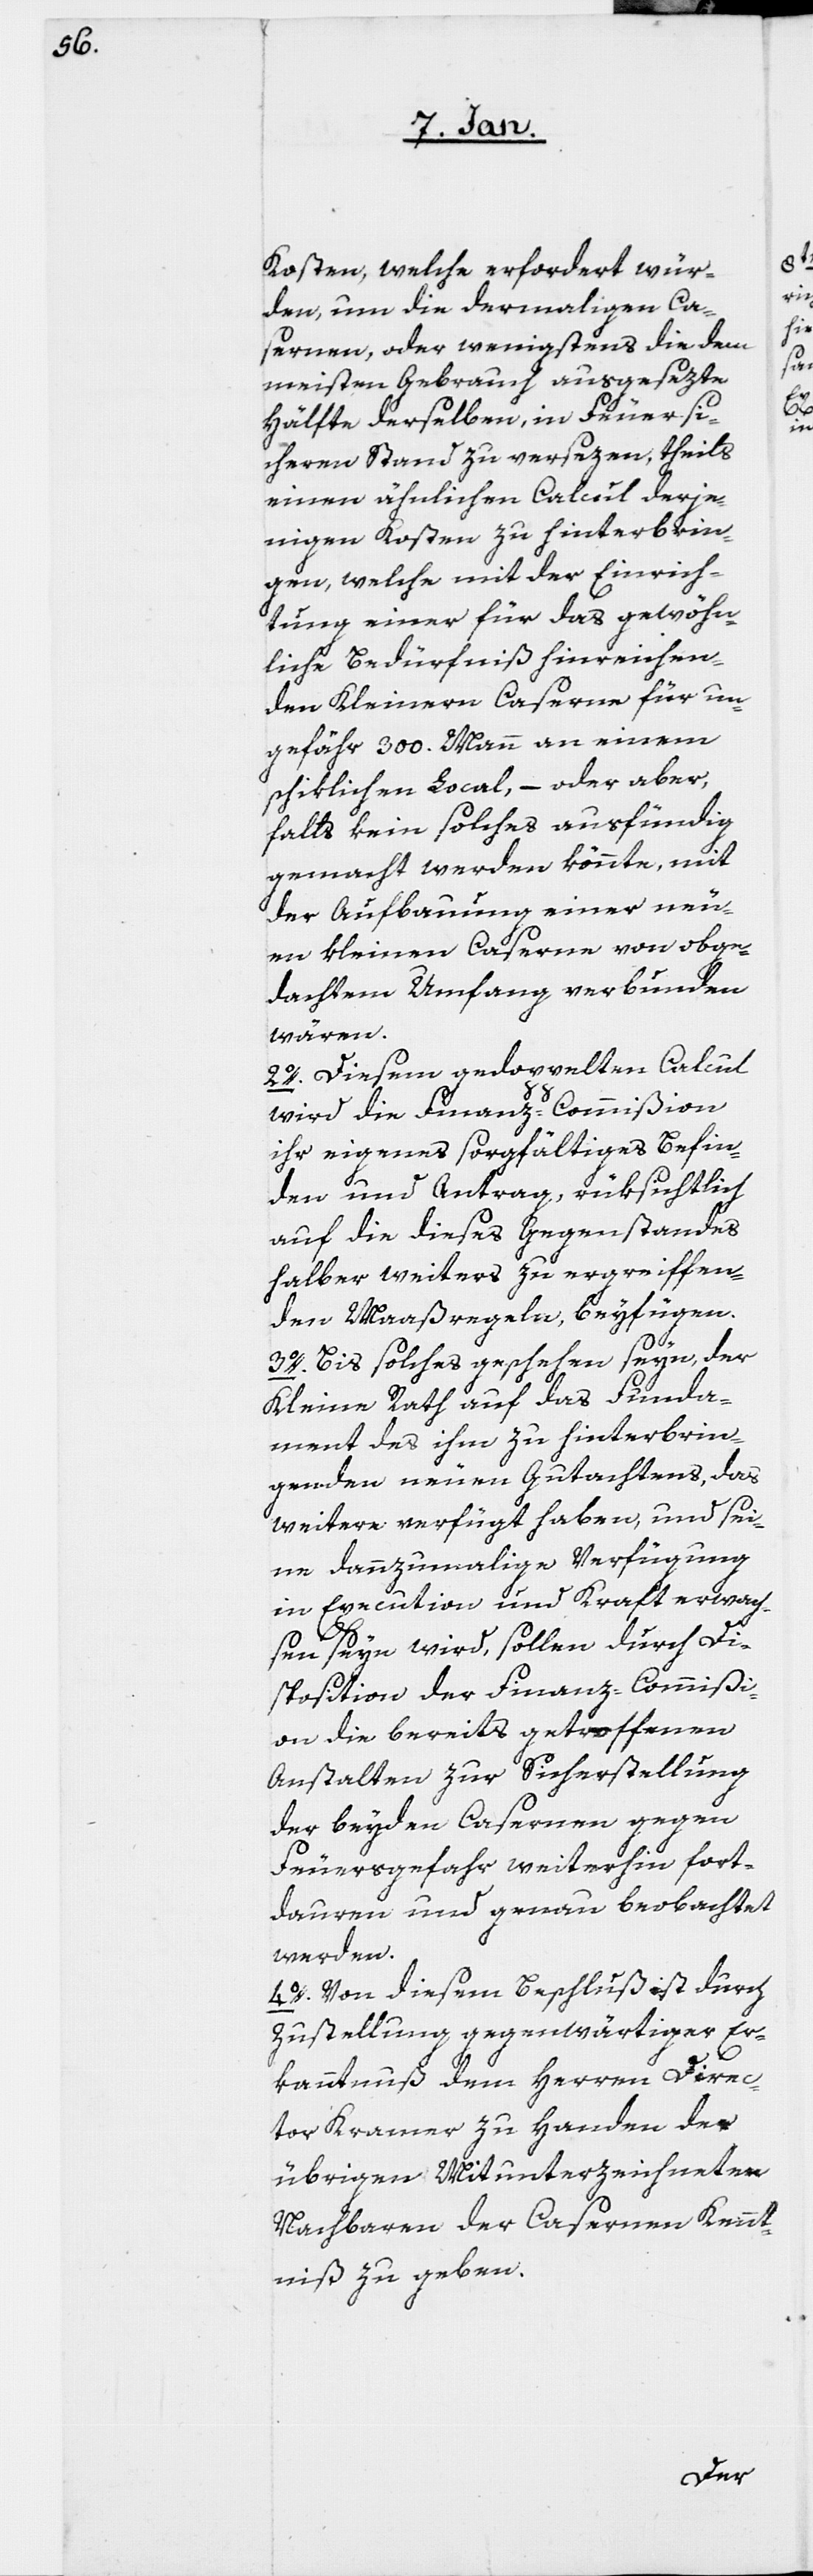
Kosten, welche erfordert wür¬
den, um die dermaligen Ca¬
sernen, oder wenigstens die dem
meisten Gebrauch ausgesezte
Hälfte derselben, in Feuersi¬
cheren Stand zu versezen, theils
einen ähnlichen Calcul derje¬
nigen Kosten zu hinterbrin¬
gen, welche mit der Einrich¬
tung einer für das gewöhn¬
liche Bedürfniß hinreichen¬
den Kleinere Caserne für un¬
gefähr 300. Mann an einem
schiklichen Local, – oder aber,
falls kein solches ausfündig
gemacht werden könnte, mit
der Aufbauung einer neu¬
en kleinen Caserne von obge¬
dachtem Umfang verbunden
wären.
2o. Diesem gedoppelten Calcul
wird die Finanz-Commißion
ihr eigenes sorgfältiges Befin¬
den und Antrag, rüksichtlich
auf die dieses Gegenstandes
halber weiters zu ergreiffen¬
den Maaßregeln beyfügen.
3o. Bis solches geschehen seyn, der
Kleine Rath auf das Funda¬
ment des ihm zu hinterbrin¬
genden neuen Gutachtens, das
weitere verfügt haben, und sei¬
ne dannzumalige Verfügung
in Execution und Kraft erwach¬
sen seyn wird, sollen durch Di¬
sposition der Finanz-Commißi¬
on die bereits getroffenen
Anstalten zur Sicherstellung
der beyden Casernen gegen
Feuersgefahr weiterhin fort¬
dauren und genau beobachtet
werden.
4o. Von diesem Beschluß ist durch
Zustellung gegenwärtiger Er¬
kanntnuß dem Herren Direc¬
tor Kramer zu Handen der
übrigen Mitunterzeichneten
Nachbaren der Casernen Kennt¬
niß zu geben.